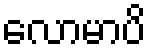
လောမာပိ